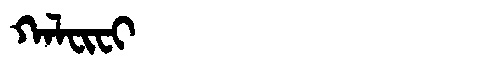
Manchu: ᡴᠠᠯᠸᡳᠸᡳ
Romanization: KALFIFI